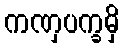
ကဏှပက္ခမှိ